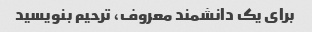
برای یک دانشمند معروف، ترحیم بنویسید